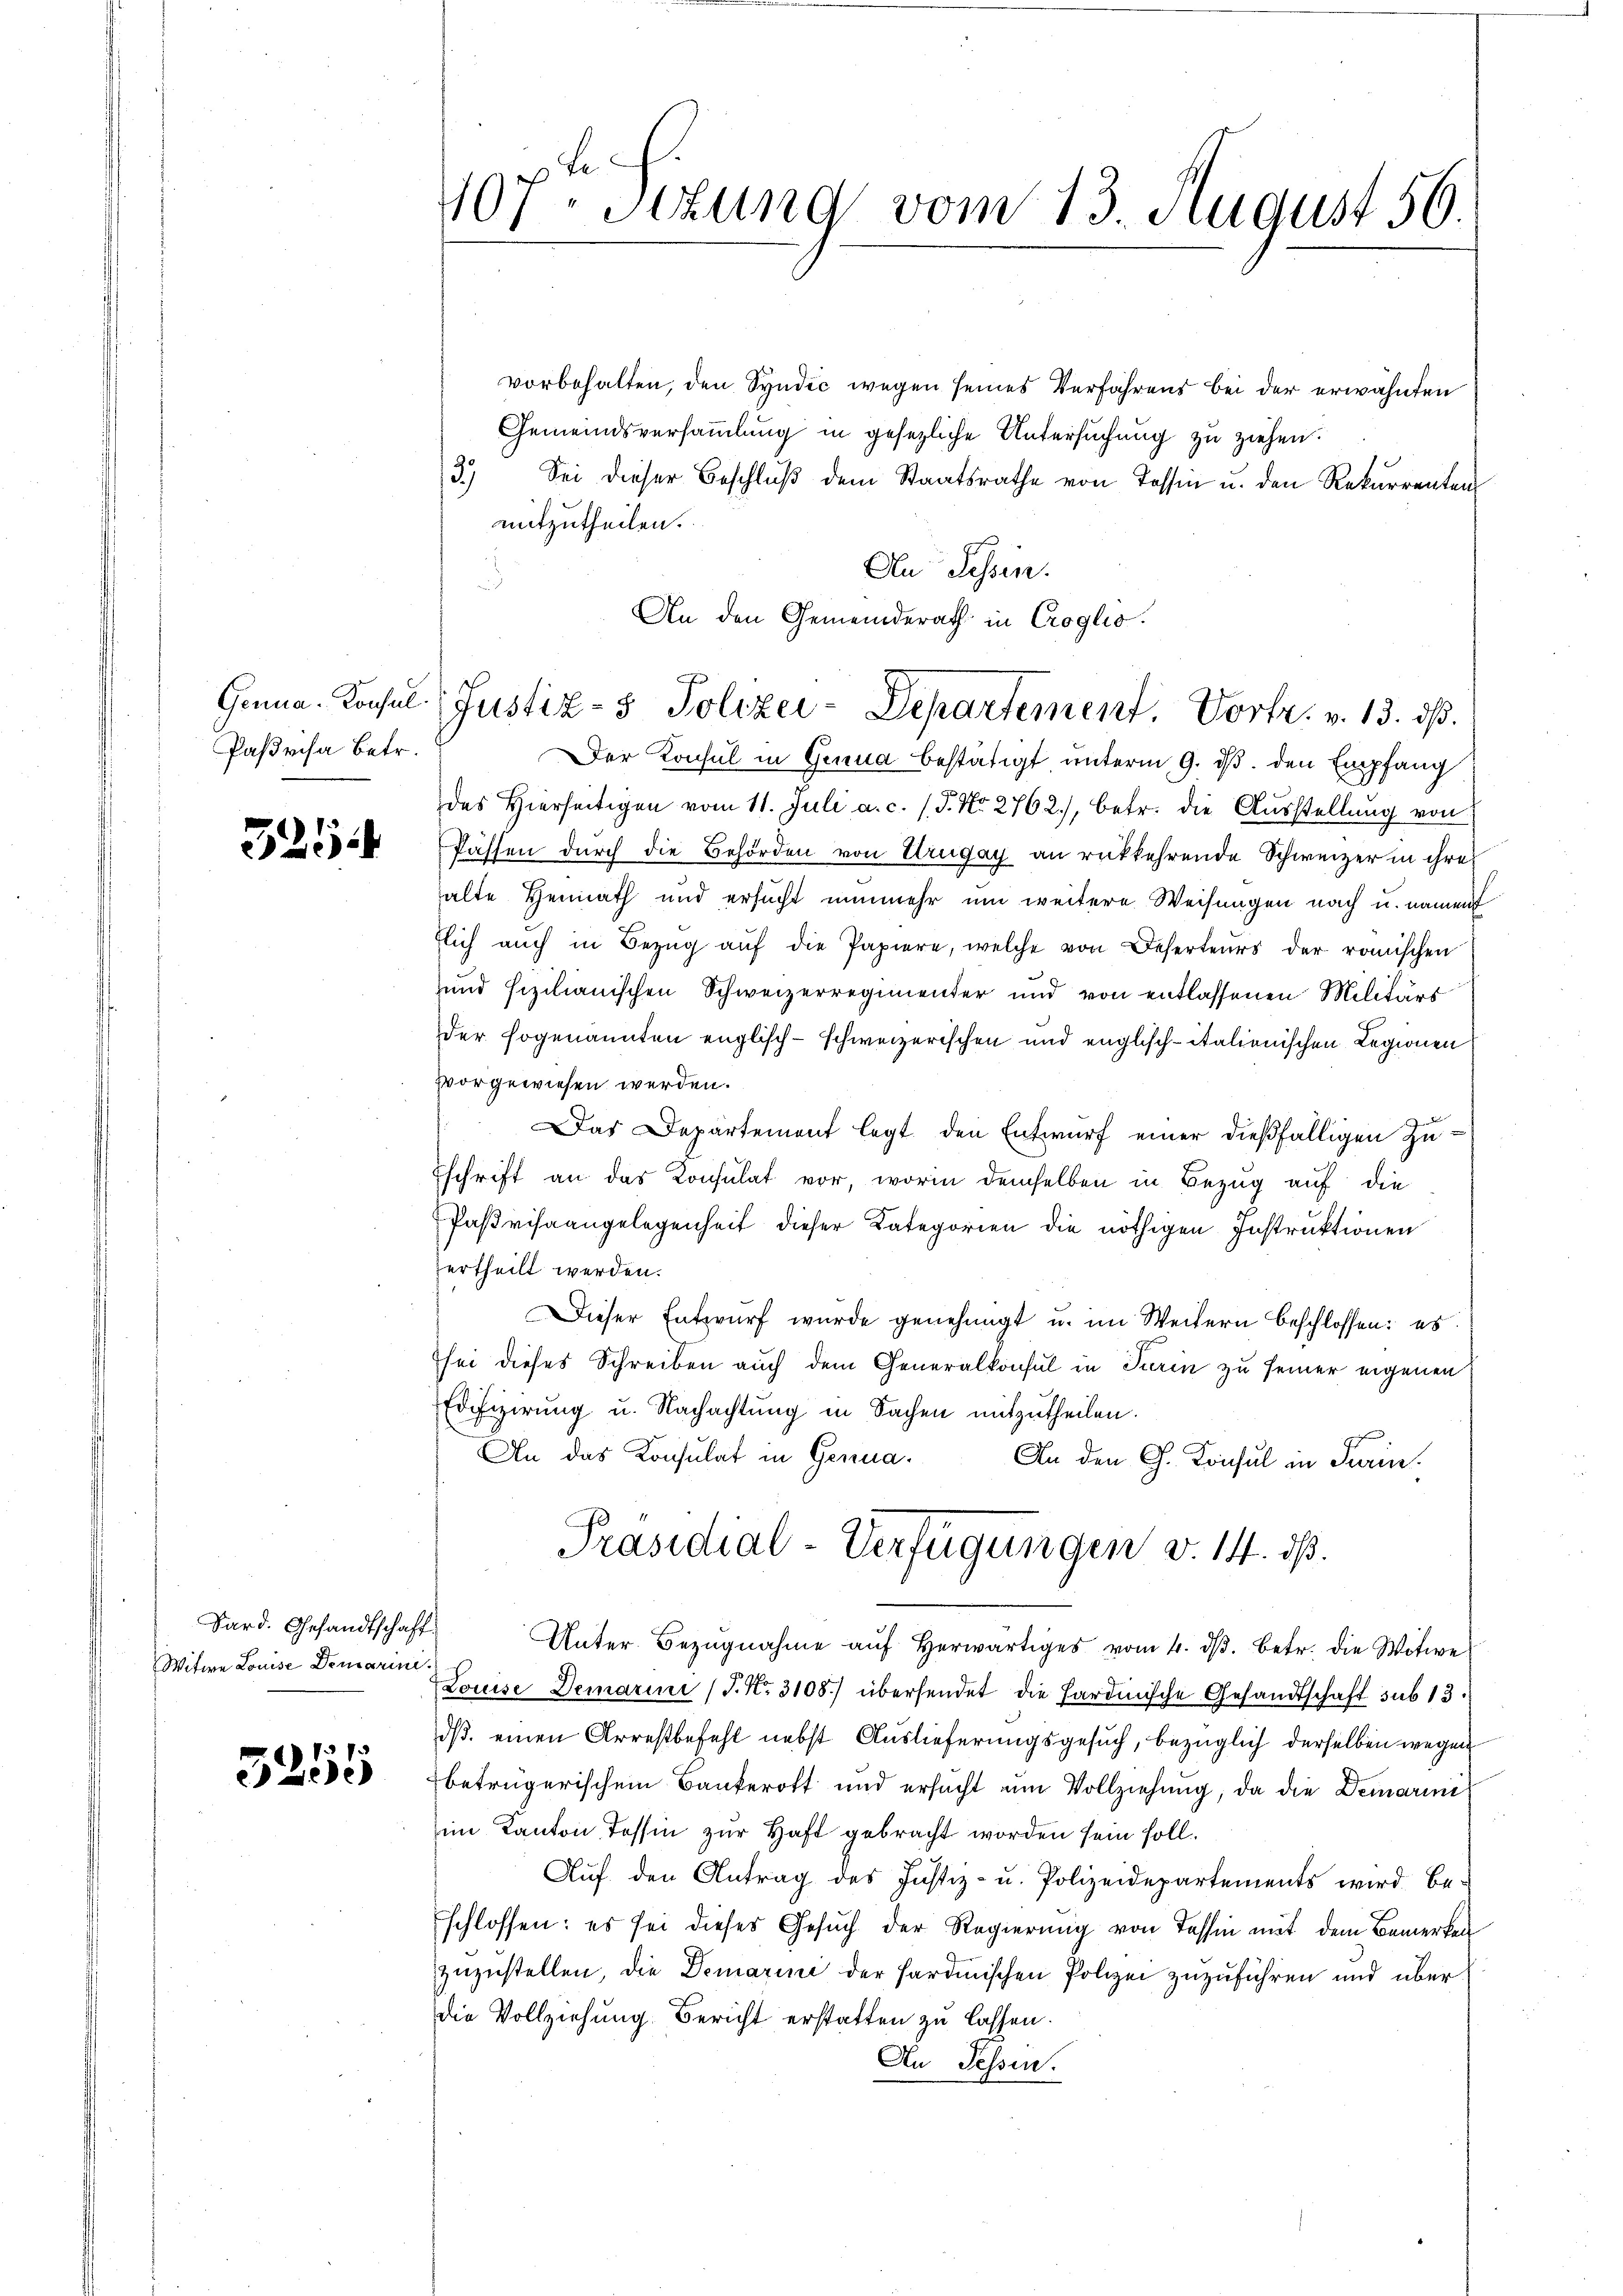
Genua-Konsul
Pasrisa Betr.

729

Sard. Gesandtschaft
Witwe Louise Demarine.

7
3200

107. Sttung vom 13 August 56.

An den Gemeinderath in Croglio.
Justiz- & Polizei-Departement Vortr. v. 13. ds.

vorbehalten, den Syndić wegen seines Verfahrens bei der erwähnten
Gemeindsversammlung in gesetzliche Untersuchung zu ziehen.
3. Sei dieser Beschlŭβ dem Staatsrathe von Tessin u. den Rekurrenten
mitzutheilen.
An Tessin.
d
Der Konsul in Genua bestätigt unterm 9. ds. den Empfang
des Hierseitigen vom 11. Juli a. c. (T. No 2762), betr. die Ausstellung von
kassen durch die Behörden von Urugay an rückkehrende Schweizer in ihre
alte Heimath und ersucht nunmehr um weitere Weisungen nach u. nament
flich auch in Bezŭg aŭf die Papiere, welche von Deserteurs der römischen
und fizilianischen Schweizerregimenter und von entlassenen Militärs
der sogenannten englisch-schweizerischen und englisch-italienischen Legionen
vvorgewiesen werden.
Das Departement legt den Entwurf einer dießfälligen Zuschrift an das Konsulat vor, worin demselben in Bezug auf die
Paßrisaangelegenheit dieser Kategorien die nöthigen Instruktionen
ertheilt werden.
Dieser Entwurf wurde genehmigt u. im Weitern beschlossen: es
sei dieses Schreiben auch dem Generalkonsul in Turin zu seiner eigenen
Edifizirung u. Nachachtung in Sachen mitzutheilen.
An das Konsulat in Genua. An den Ch. Konsul in Sein
Präsidial-Verfügungen v. 14. ds.
Unter Bezŭgnahme aŭf herwärtiges vom 4. dβ. betr. die Witwe
Louise Demarini (T. Nr. 3108) übersendet die Hardinische Gesandtschaft sub 13.
dß. einen Arrestbefehl nebst Auslieferungsgesuch, bezüglich derselben wegen
betrügerischem Bankerott und ersucht um Vollziehung, da die Demarin
im Kanton, Tessin zur Haft gebracht worden sein soll.
Auf den Antrag des Justiz- u. Polizeidepartements wird beschlossen: es sei dieses Gesuch der Regierung von Tessin mit dem Bemerken
zuzustellen, die Demarina der sardinischen Polizei zuzuführen und überdie Vollziehung Bericht erstatten zu lassen.
An Tessin.